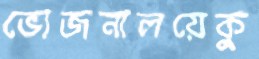
ভোজনালয়েকু